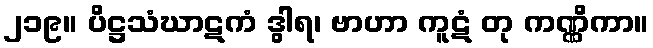
၂၁၉။ ပိဋ္ဌသံဃာဋကံ ဒွါရ၊ ဗာဟာ ကူဋံ တု ကဏ္ဏိကာ။